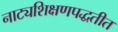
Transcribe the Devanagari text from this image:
नाट्यशिक्षणपद्धतीत